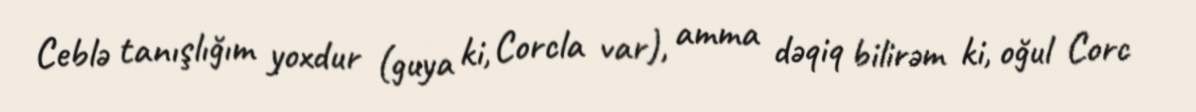
Ceblə tanışlığım yoxdur (guya ki, Corcla var), amma dəqiq bilirəm ki, oğul Corc